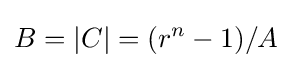
B=|C|=(r^{n}-1)/A